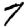
Digit: 7